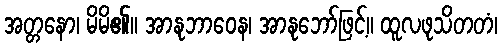
အတ္တနော၊ မိမိ၏။ အာနုဘာဝေန၊ အာနုဘော်ဖြင့်။ ထူလဖုသိတတံ၊